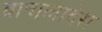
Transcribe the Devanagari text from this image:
बान्गलादेश